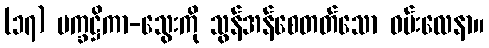
(၁၇) ပက္ခဋ္ဌိကာ-သွေးကို သွန်အန်စေတတ်သော ဝမ်းလေနာ။